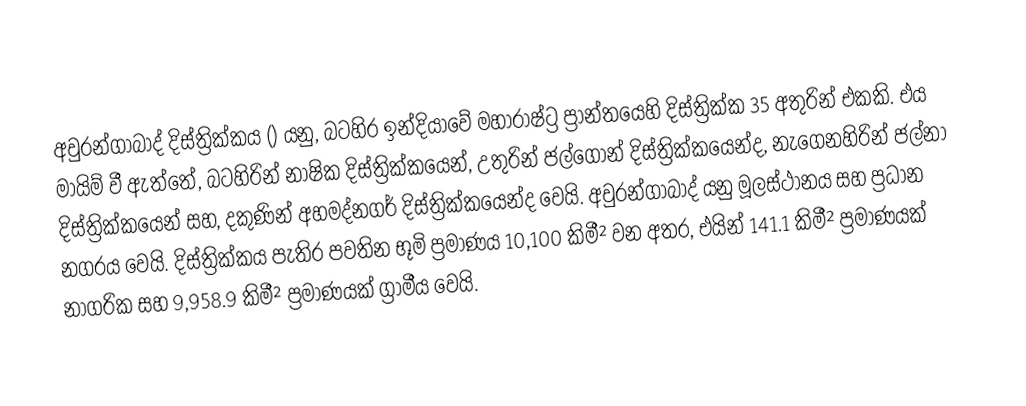
අවුරන්ගාබාද් දිස්ත්‍රික්කය () යනු, බටහිර  ඉන්දියාවේ මහාරාෂ්ට්‍ර ප්‍රාන්තයෙහි දිස්ත්‍රික්ක 35 අතුරින් එකකි. එය මායිම් වී ඇත්තේ, බටහිරින්  නාෂික දිස්ත්‍රික්කයෙන්, උතුරින් ජල්ගෝන් දිස්ත්‍රික්කයෙන්ද, නැගෙනහිරින්  ජල්නා දිස්ත්‍රික්කයෙන් සහ, දකුණින්  අහමද්නගර් දිස්ත්‍රික්කයෙන්ද වෙයි.  අවුරන්ගාබාද් යනු මූලස්ථානය සහ ප්‍රධාන නගරය වෙයි. දිස්ත්‍රික්කය පැතිර පවතින භූමි ප්‍රමාණය 10,100 කිමී² වන අතර, එයින් 141.1 කිමී² ප්‍රමාණයක් නාගරික සහ 9,958.9 කිමී² ප්‍රමාණයක් ග්‍රාමීය වෙයි.